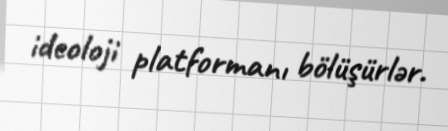
ideoloji platformanı bölüşürlər.